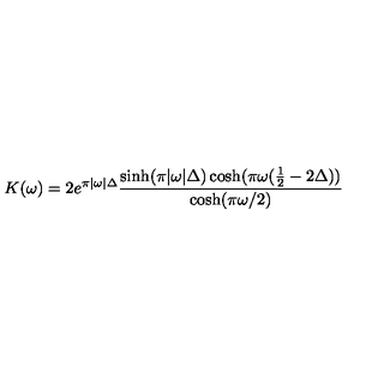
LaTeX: K ( \omega ) = 2 e ^ { \pi | \omega | \Delta } \frac { \sinh ( \pi | \omega | \Delta ) \cosh ( \pi \omega ( \frac { 1 } { 2 } - 2 \Delta ) ) } { \cosh ( \pi \omega / 2 ) }